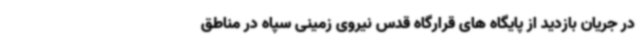
در جریان بازدید از پایگاه های قرارگاه قدس نیروی زمینی سپاه در مناطق